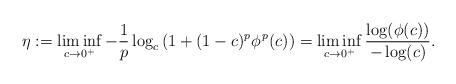
LaTeX: \begin{align*}\eta:=\liminf_{c\to 0^+} -\frac{1}{p} \log_c \left(1+(1-c)^p\phi^{\, p}(c)\right)=\liminf_{c\to 0^+} \frac {\log(\phi(c))}{-\log (c)}.\end{align*}